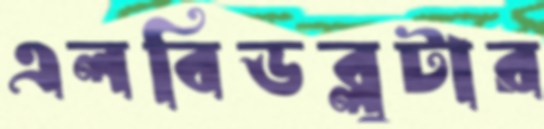
এলবিডব্লুটার